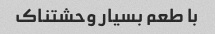
با طعم بسیار وحشتناک